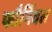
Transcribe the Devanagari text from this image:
फौर्निवल